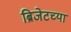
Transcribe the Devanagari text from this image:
ब्रिजेटच्या